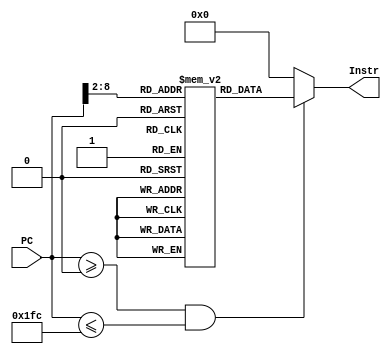
module InstrMem(
    input wire[31:0] PC,
    output wire	[31:0] Instr
  );

  reg [31:0]  INSTR_MEM[0:127];

  // initial
  //   $readmemh("instr_mem.txt", INSTR_MEM);

  initial
    begin
      INSTR_MEM[0] = 32'hE2000000;  // AND       R0,R0,#0x00000000
      INSTR_MEM[1] = 32'hE5900001;  // LDR       R0,[R0,#0x0001]
      INSTR_MEM[2] = 32'hE5901000;  // LDR       R1,[R0,#0x0000]

      INSTR_MEM[3] = 32'hE0E02000;  // UMUL      R2,R0,R0
      INSTR_MEM[4] = 32'hE0E13001;  // UMUL      R3,R1,R1
      INSTR_MEM[5] = 32'hE0E04001;  // UMUL      R4,R0,R1
      INSTR_MEM[6] = 32'hE0E15000;  // UMUL      R5,R1,R0

      INSTR_MEM[7] = 32'hE1C02000;  // SMUL      R2,R0,R0
      INSTR_MEM[8] = 32'hE1C13001;  // SMUL      R3,R1,R1
      INSTR_MEM[9] = 32'hE1C04001;  // SMUL      R4,R0,R1
      INSTR_MEM[10] = 32'hE1C15000; // SMUL      R5,R1,R0
    end

  assign Instr = ((PC >= 32'h00000000) & (PC <= 32'h000001FC)) ? // To check if PC is in the valid range, assuming 128 word memory.
         INSTR_MEM[PC[8:2]] : 32'h00000000;

endmodule